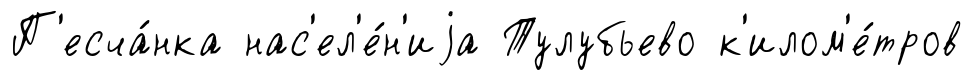
П'есча́нка нас'ел'е́н'иjа Тулубьево к'илом'е́тров